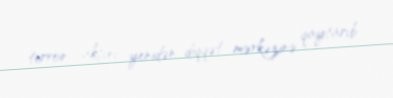
terror aktını yenidən diqqət mərkəzinə qaytarıb.